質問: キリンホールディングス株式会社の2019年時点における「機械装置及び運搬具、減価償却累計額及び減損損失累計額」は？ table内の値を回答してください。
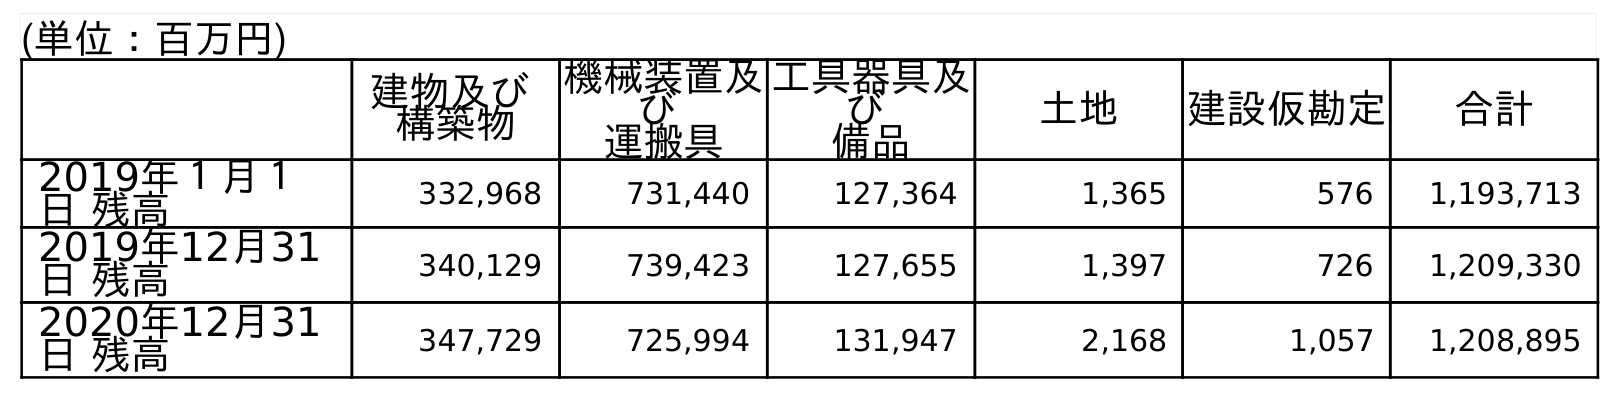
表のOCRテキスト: (単位：百万円) 建物及び 構築物 機械装置及 び 運搬具 工具器具及 び 備品 土地 建設仮勘定 合計 2019年１月１ 日 残高 332,968 731,440 127,364 1,365 576 1,193,713 2019年12月31 日 残高 340,129 739,423 127,655 1,397 726 1,209,330 2020年12月31 日 残高 347,729 725,994 131,947 2,168 1,057 1,208,895
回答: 739,423